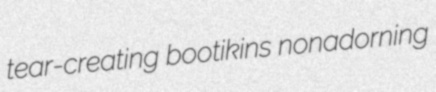
tear-creating bootikins nonadorning